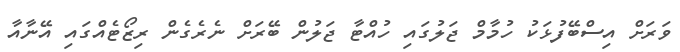
ވަރަށް އިސްބޭފުޅަކު ހުމާމް ޖަލުގައި ހުއްޓާ ޖަލުން ބޭރަށް ނެެރެގެން ރިޒޯޓެއްގައި އޭނާއާ